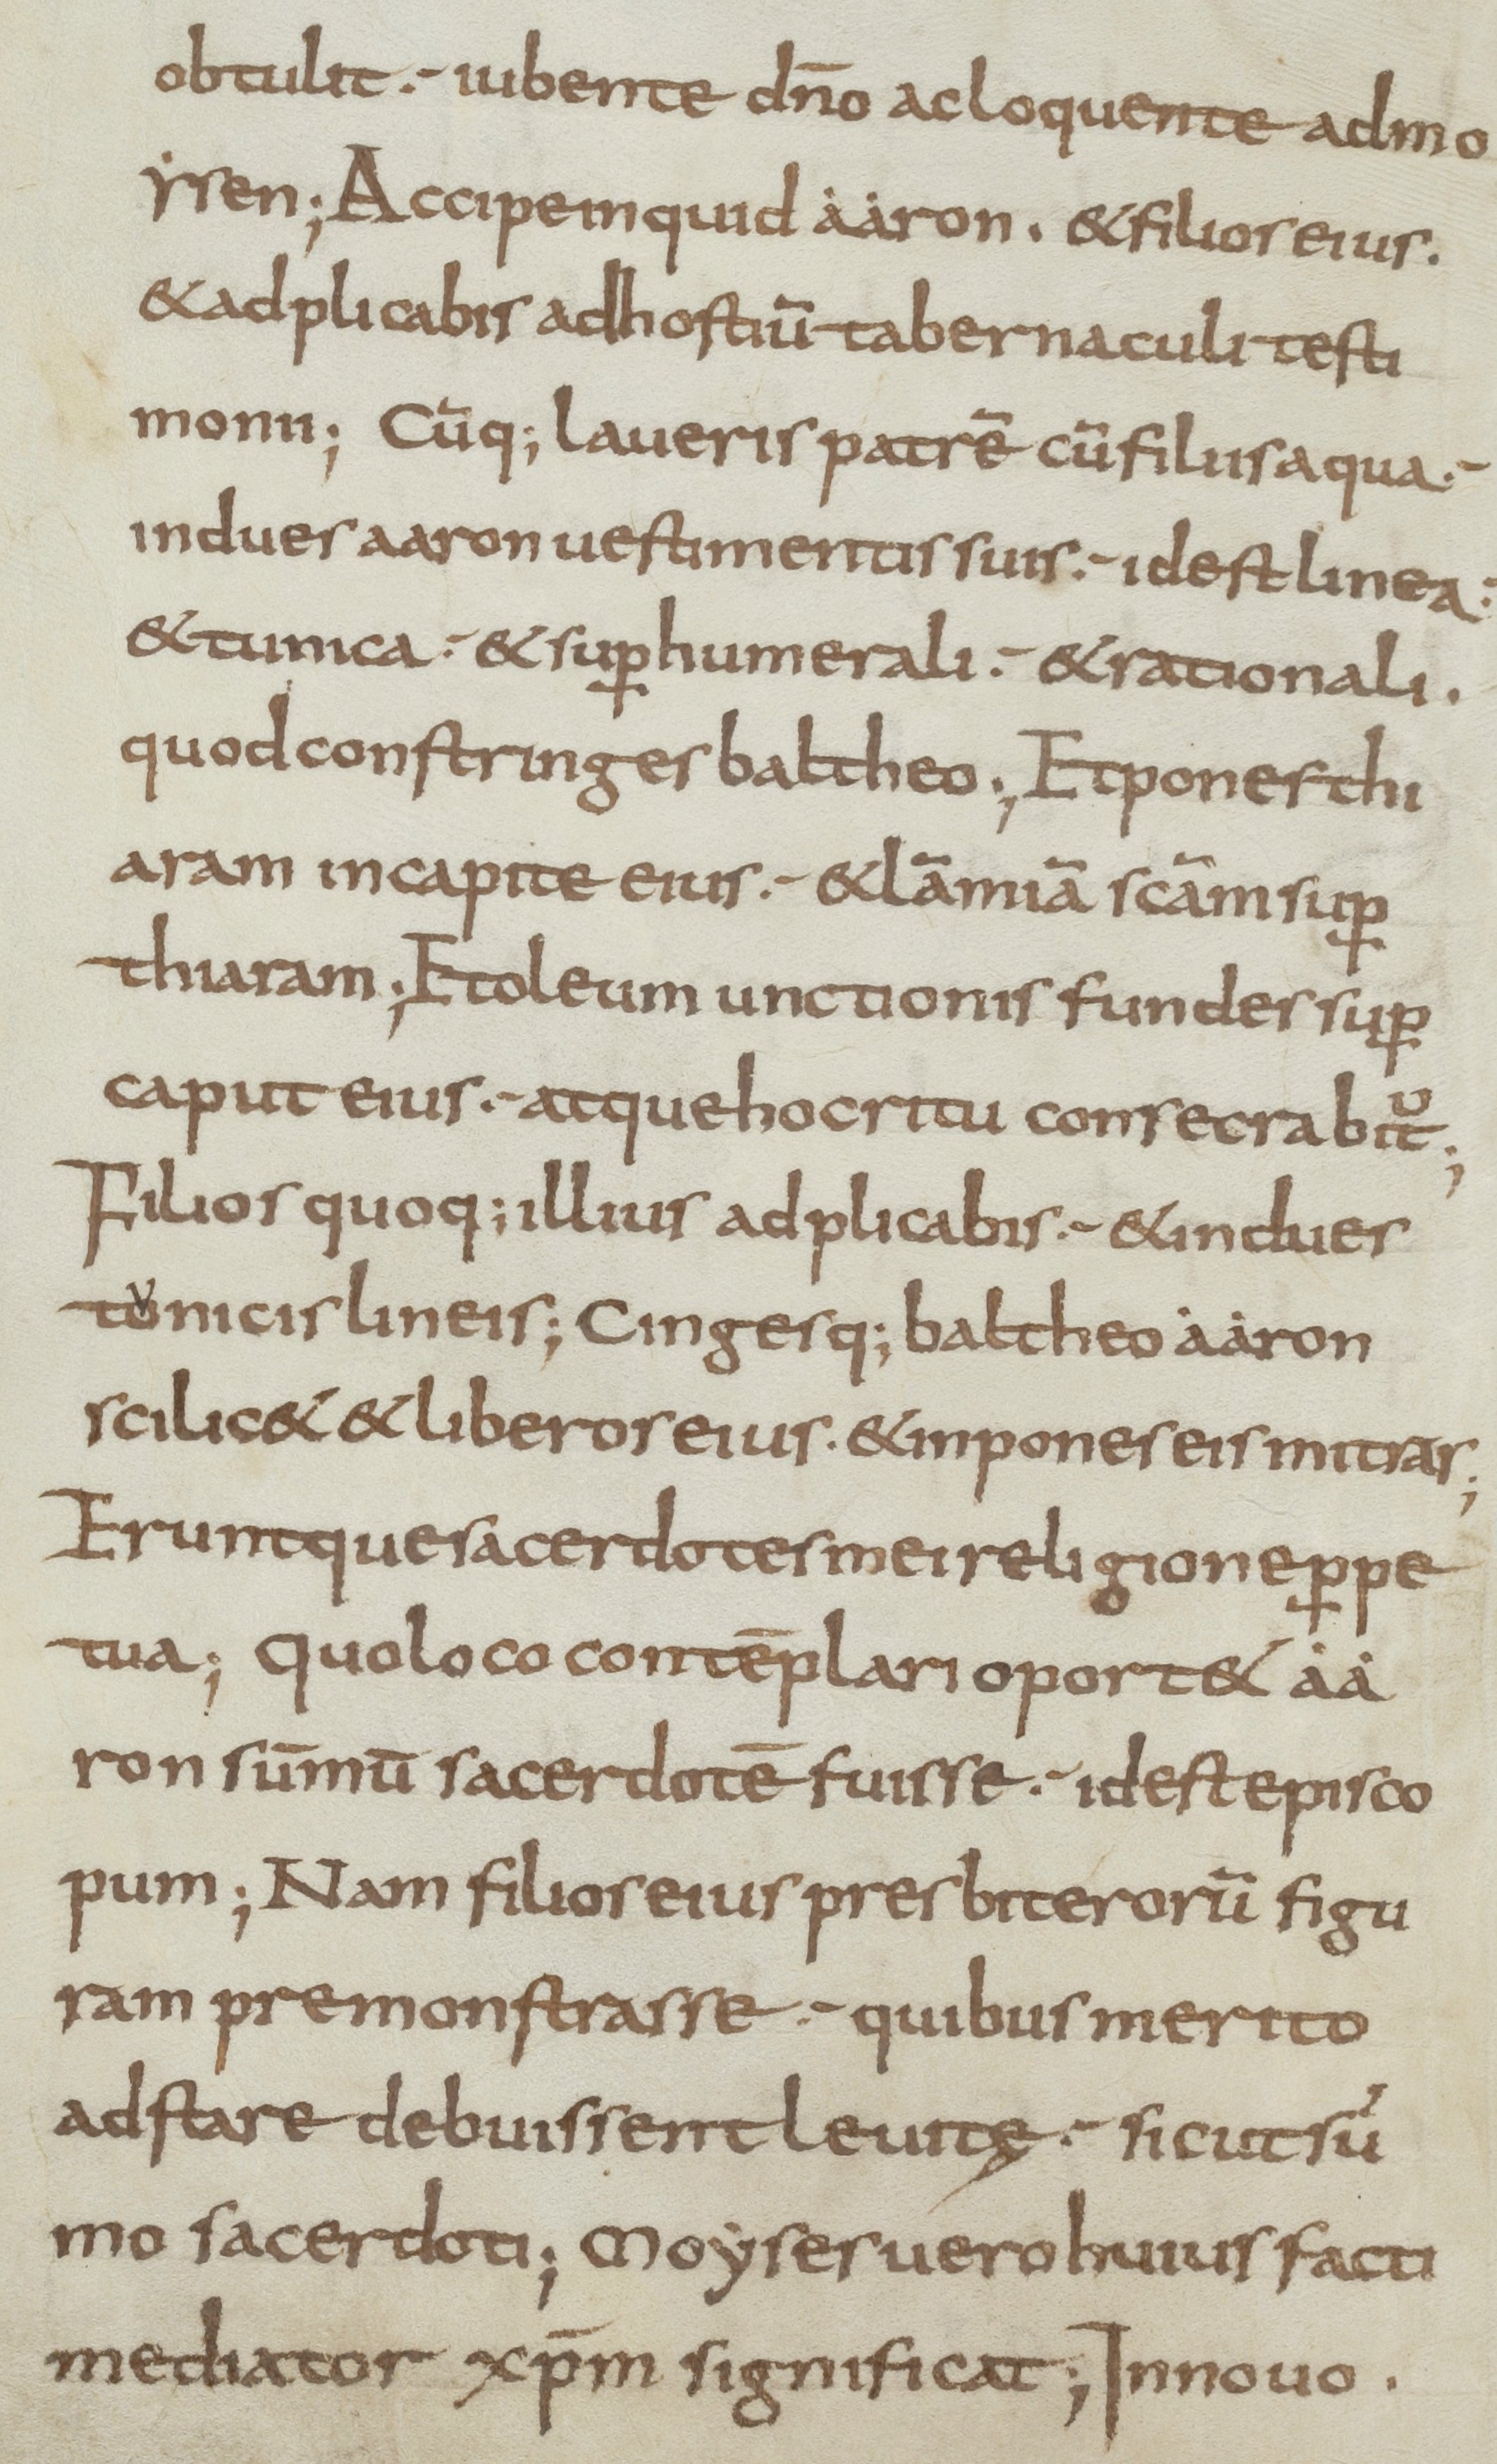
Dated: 800–899